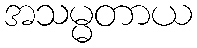
အသမ္မတာယ